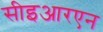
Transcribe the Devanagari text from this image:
सीइआरएन